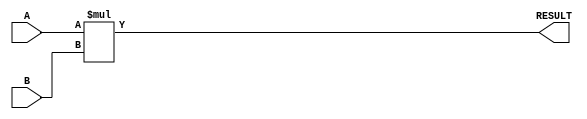
module parameterized_multiplier #(
    parameter DATA_WIDTH_A = 8,  // Bit-width of operand A
    parameter DATA_WIDTH_B = 8,  // Bit-width of operand B
    parameter RESULT_WIDTH = DATA_WIDTH_A + DATA_WIDTH_B // Bit-width of the result
)(
    input  [DATA_WIDTH_A-1:0] A,  // Input operand A
    input  [DATA_WIDTH_B-1:0] B,  // Input operand B
    output [RESULT_WIDTH-1:0] RESULT // Output result
);

    // Combinational logic for multiplication
    assign RESULT = A * B;

endmodule